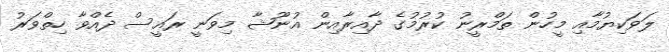
ލަވަކިޔުމާއި މީހުން ތަމްރީނު ކުުރުމުގެ ދާއިރާއިން އުނޫޝާ މިވަނީ ރައީސް ދެއްވާ ހިތްވަރު